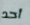
أحد